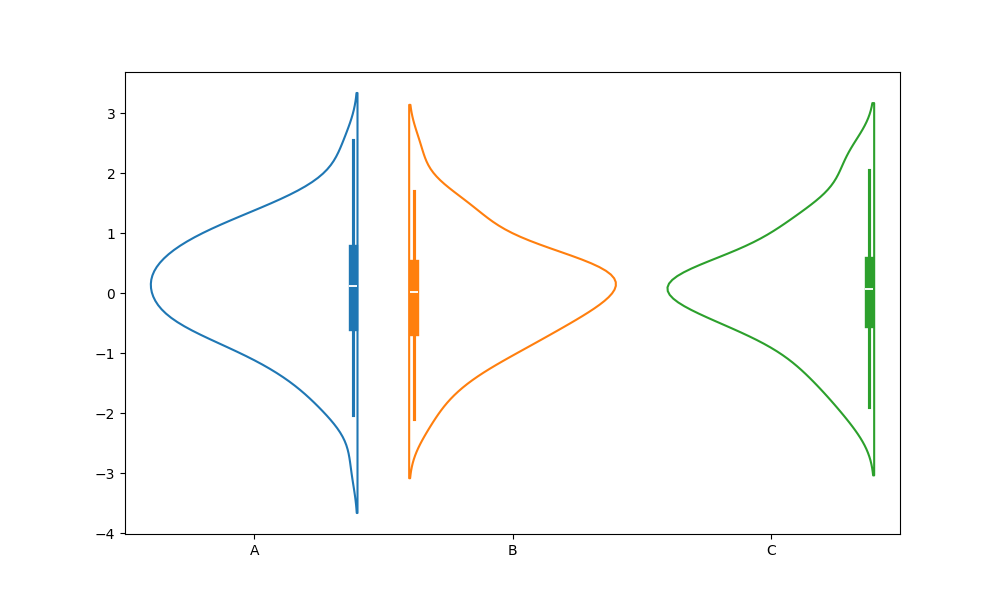
python, seaborn, violinplot, scale='count', split='True', inner='box', fill='False'